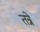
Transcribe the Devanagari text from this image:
तन्ने